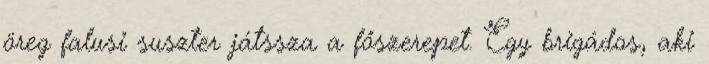
öreg falusi suszter játssza a főszerepet. Egy brigádos, aki